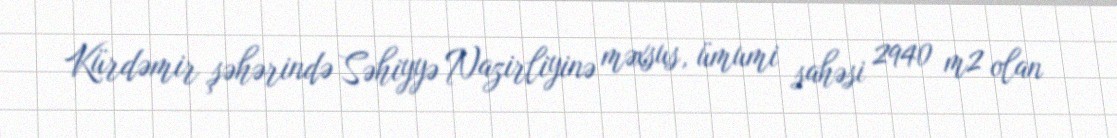
Kürdəmir şəhərində Səhiyyə Nazirliyinə məxsus, ümumi sahəsi 2940 m2 olan